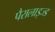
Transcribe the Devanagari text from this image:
पैरालाइज्ड